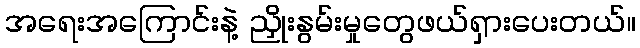
အရေးအကြောင်းနဲ့ ညှိုးနွမ်းမှုတွေဖယ်ရှားပေးတယ်။